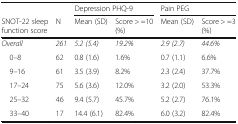
<table><thead><tr><td></td><td></td><td colspan="2"><b>Depression PHQ-9</b></td><td colspan="2"><b>Pain PEG</b></td></tr><tr><td><b>SNOT-22 sleep function score</b></td><td><b>N</b></td><td><b>Mean (SD)</b></td><td><b>Score &gt; =10 (%)</b></td><td><b>Mean (SD)</b></td><td><b>Score &gt; =3 (%)</b></td></tr></thead><tbody><tr><td><i>Overall</i></td><td><i>261</i></td><td><i>5.2 (5.4)</i></td><td><i>19.2%</i></td><td><i>2.9 (2.7)</i></td><td><i>44.6%</i></td></tr><tr><td> 0–8</td><td>62</td><td>0.8 (1.6)</td><td>1.6%</td><td>0.7 (1.1)</td><td>6.6%</td></tr><tr><td> 9–16</td><td>61</td><td>3.5 (3.9)</td><td>8.2%</td><td>2.3 (2.4)</td><td>37.7%</td></tr><tr><td> 17–24</td><td>75</td><td>5.6 (3.6)</td><td>12.0%</td><td>3.2 (2.0)</td><td>53.3%</td></tr><tr><td> 25–32</td><td>46</td><td>9.4 (5.7)</td><td>45.7%</td><td>5.2 (2.7)</td><td>76.1%</td></tr><tr><td> 33–40</td><td>17</td><td>14.4 (6.1)</td><td>82.4%</td><td>6.0 (3.2)</td><td>82.4%</td></tr></tbody></table>